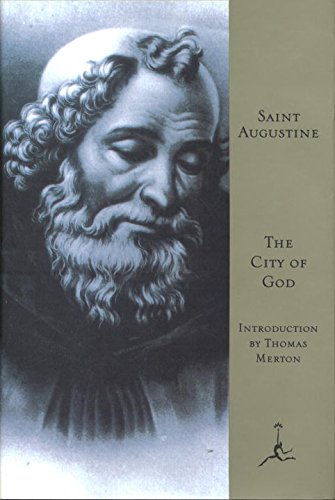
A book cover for The City of God [The Modern Library]; Saint Augustine; Christian Books & Bibles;